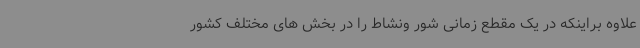
علاوه براینکه در یک مقطع زمانی شور ونشاط را در بخش های مختلف کشور